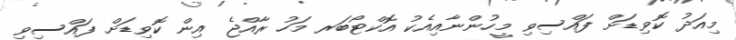
މިއަދު ކޮވިޑަށް ފައްސިވި މީހުންނާއިއެކު އޮކްޓޯބަރ މަހު ރާއްޖެ އިން ކޮވިޑަށް ފައްސިވި